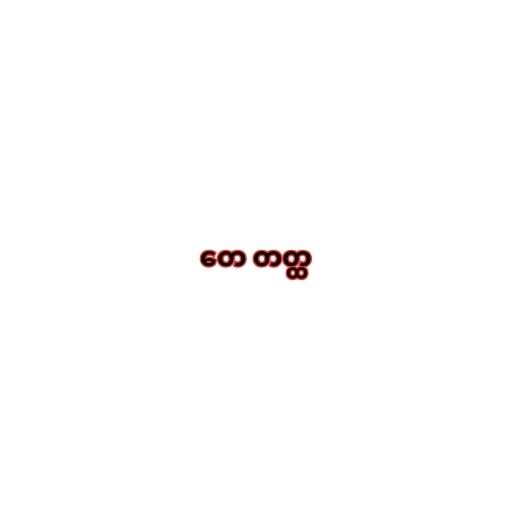
တေ တတ္ထ